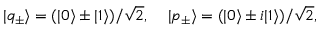
| q _ { \pm } \rangle = ( | 0 \rangle \pm | 1 \rangle ) / \sqrt { 2 } , \; \; \; \; | p _ { \pm } \rangle = ( | 0 \rangle \pm i | 1 \rangle ) / \sqrt { 2 } ,